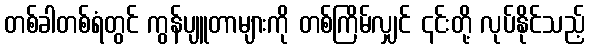
တစ်ခါတစ်ရံတွင် ကွန်ပျူတာများကို တစ်ကြိမ်လျှင် ၎င်းတို့ လုပ်နိုင်သည့်